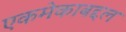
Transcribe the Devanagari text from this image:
एकमेकाबद्दल